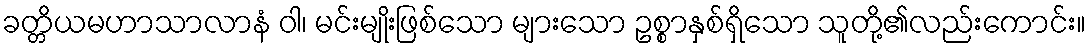
ခတ္တိယမဟာသာလာနံ ဝါ၊ မင်းမျိုးဖြစ်သော များသော ဥစ္စာနှစ်ရှိသော သူတို့၏လည်းကောင်း။